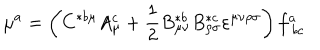
\mu ^ { a } = \left( C ^ { * b \mu } A _ { \mu } ^ { c } + \frac 1 2 B _ { \mu \nu } ^ { * b } B _ { \rho \sigma } ^ { * c } \varepsilon ^ { \mu \nu \rho \sigma } \right) f _ { \ b c } ^ { a }